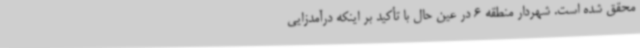
محقق شده است. شهردار منطقه 6 در عین حال با تأکید بر اینکه درآمدزایی